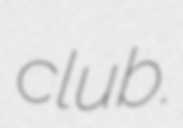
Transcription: club.